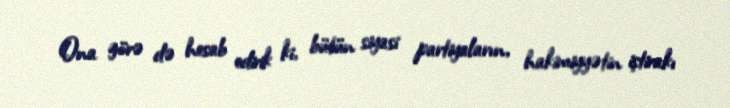
Ona görə də hesab edirik ki, bütün siyasi partiyaların, hakimiyyətin iştirakı